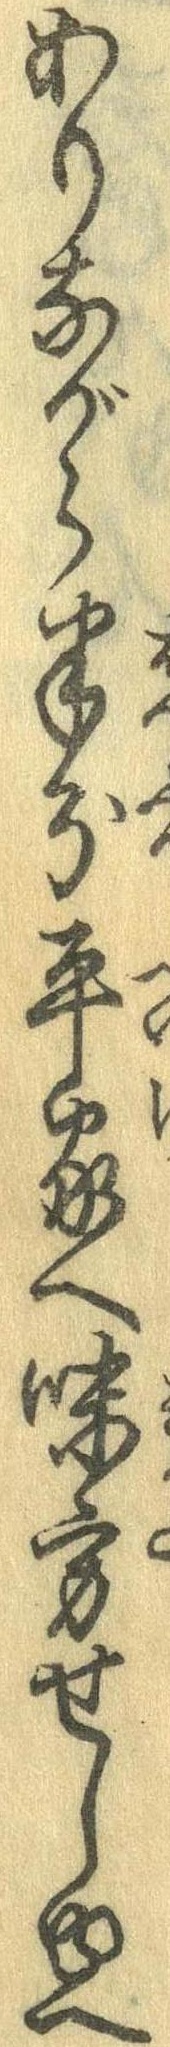
ありながら半分平家へ味方せしゆへ